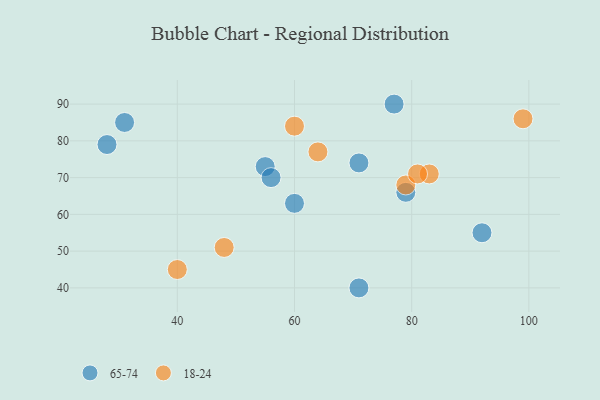
{"axis": {"x": "GDP", "y": "Life Expectancy"}, "legend": ["18-24", "65-74"], "data": [{"x": "55", "y": 73, "type": "65-74"}, {"x": "28", "y": 79, "type": "65-74"}, {"x": "56", "y": 70, "type": "65-74"}, {"x": "79", "y": 66, "type": "65-74"}, {"x": "60", "y": 63, "type": "65-74"}, {"x": "77", "y": 90, "type": "65-74"}, {"x": "71", "y": 40, "type": "65-74"}, {"x": "71", "y": 74, "type": "65-74"}, {"x": "31", "y": 85, "type": "65-74"}, {"x": "92", "y": 55, "type": "65-74"}, {"x": "40", "y": 45, "type": "18-24"}, {"x": "48", "y": 51, "type": "18-24"}, {"x": "64", "y": 77, "type": "18-24"}, {"x": "99", "y": 86, "type": "18-24"}, {"x": "60", "y": 84, "type": "18-24"}, {"x": "83", "y": 71, "type": "18-24"}, {"x": "79", "y": 68, "type": "18-24"}, {"x": "81", "y": 71, "type": "18-24"}]}